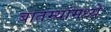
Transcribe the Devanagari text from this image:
बातम्यांमध्ये